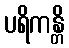
ပရိကန္တိ